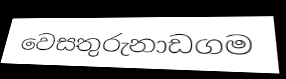
වෙසතුරුනාඩගම